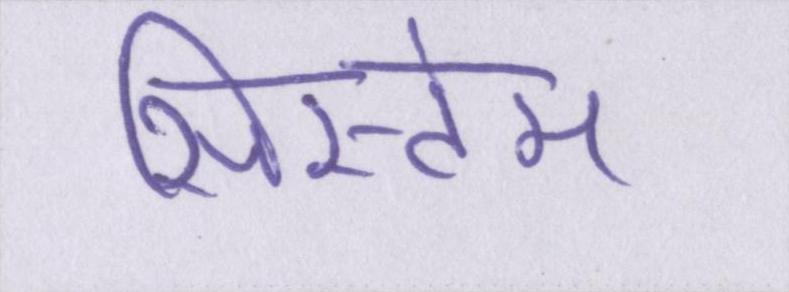
सिस्टेम